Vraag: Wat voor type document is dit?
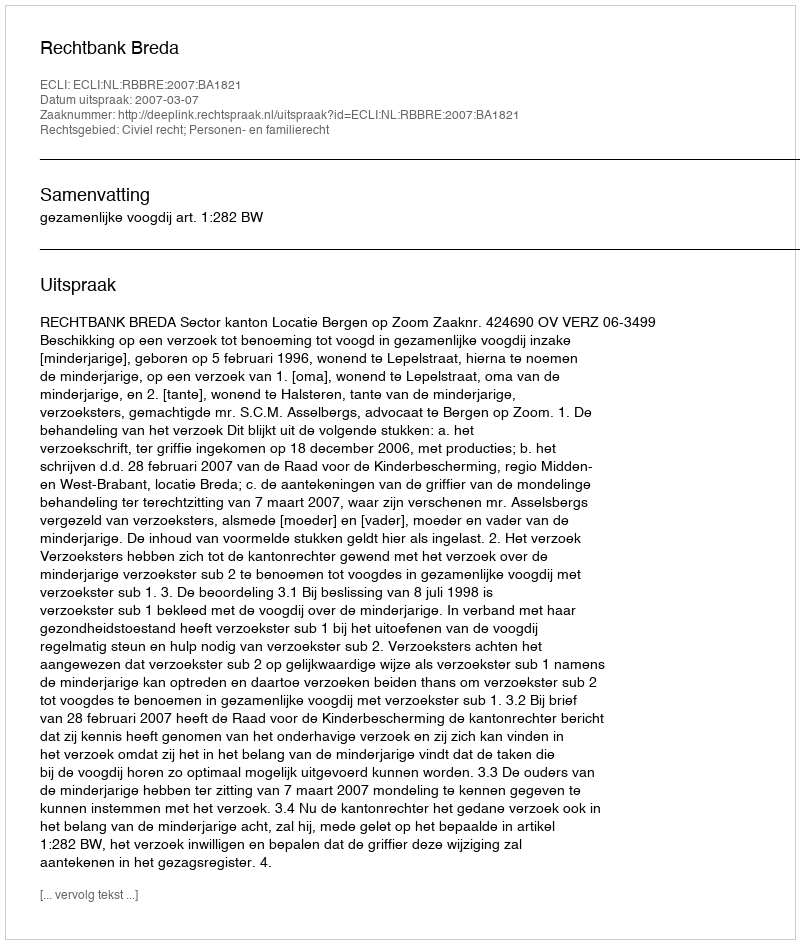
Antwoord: Uitspraak